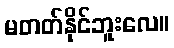
မတတ်နိုင်ဘူးလေ။